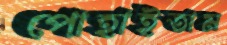
পোহাইতাম